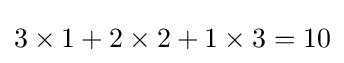
3\times 1+2\times 2+1\times 3=10